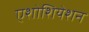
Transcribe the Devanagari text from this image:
एशोशियेशन